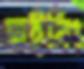
সাইনিং